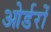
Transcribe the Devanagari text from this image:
ओर्डरों